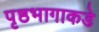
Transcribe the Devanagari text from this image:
पृष्ठभागाकडे